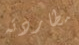
مطاردته